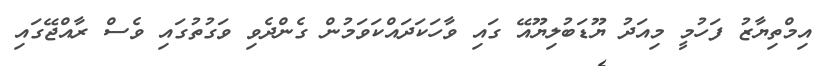
އިމްތިޔާޒު ފަހުމީ މިއަދު ޔޫޑަބުލިޔޫއޭ ގައި ވާހަކަދައްކަވަމުން ގެންދެވި ވަގުތުގައި ވެސް ރާއްޖޭގައި